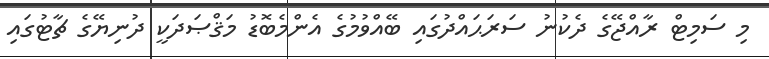
މި ސަމިޓް ރާއްޖޭގެ ދެކުނު ސަރަޙައްދުގައި ބޭއްވުމުގެ އެންމެބޮޑު މަޤްޞަދަކީ ދުނިޔޭގެ ޗާޓުގައި